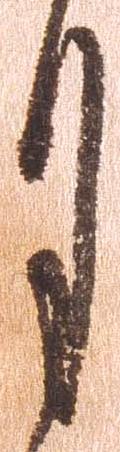
月